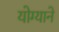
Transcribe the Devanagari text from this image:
योग्याने